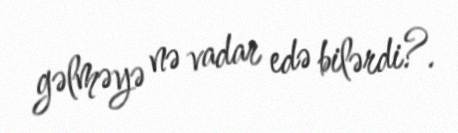
gəlməyə nə vadar edə bilərdi?.